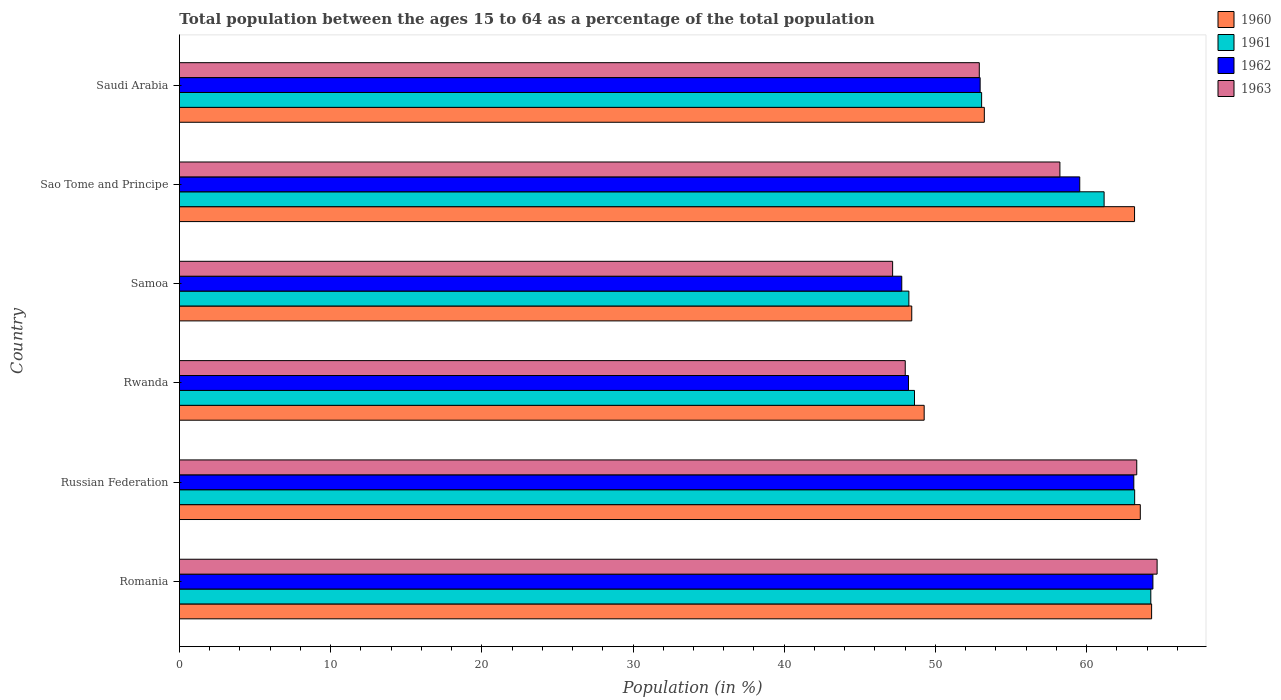
| Country | 1960 | 1961 | 1962 | 1963 |
 | --- | --- | --- | --- | --- |
 | Romania | 64.3 | 64.2 | 64.4 | 64.7 |
 | Russian Federation | 63.5 | 63.2 | 63.1 | 63.3 |
 | Rwanda | 49.3 | 48.6 | 48.2 | 48 |
 | Samoa | 48.4 | 48.2 | 47.8 | 47.2 |
 | Sao Tome and Principe | 63.2 | 61.2 | 59.5 | 58.2 |
 | Saudi Arabia | 53.2 | 53.1 | 53 | 52.9 |